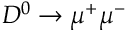
D ^ { 0 } \to \mu ^ { + } \mu ^ { - }